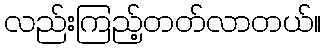
လည်းကြည့်တတ်လာတယ်။